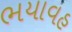
ભયાવહ